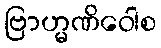
ဗြာဟ္မဏိဝေါစ